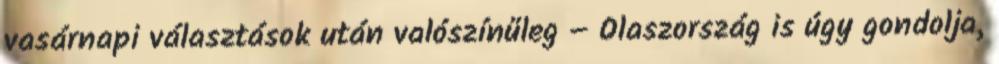
vasárnapi választások után valószínűleg – Olaszország is úgy gondolja,